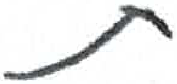
אות: ת